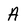
Character: A